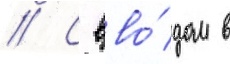
// С вво́дом в